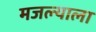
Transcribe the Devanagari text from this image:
मजल्याला